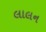
લાલન